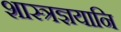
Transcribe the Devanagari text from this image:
शास्त्रज्ञयानि